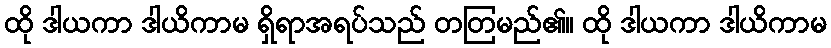
ထို ဒါယကာ ဒါယိကာမ ရှိရာအရပ်သည် တတြမည်၏။ ထို ဒါယကာ ဒါယိကာမ